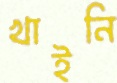
খাইনি